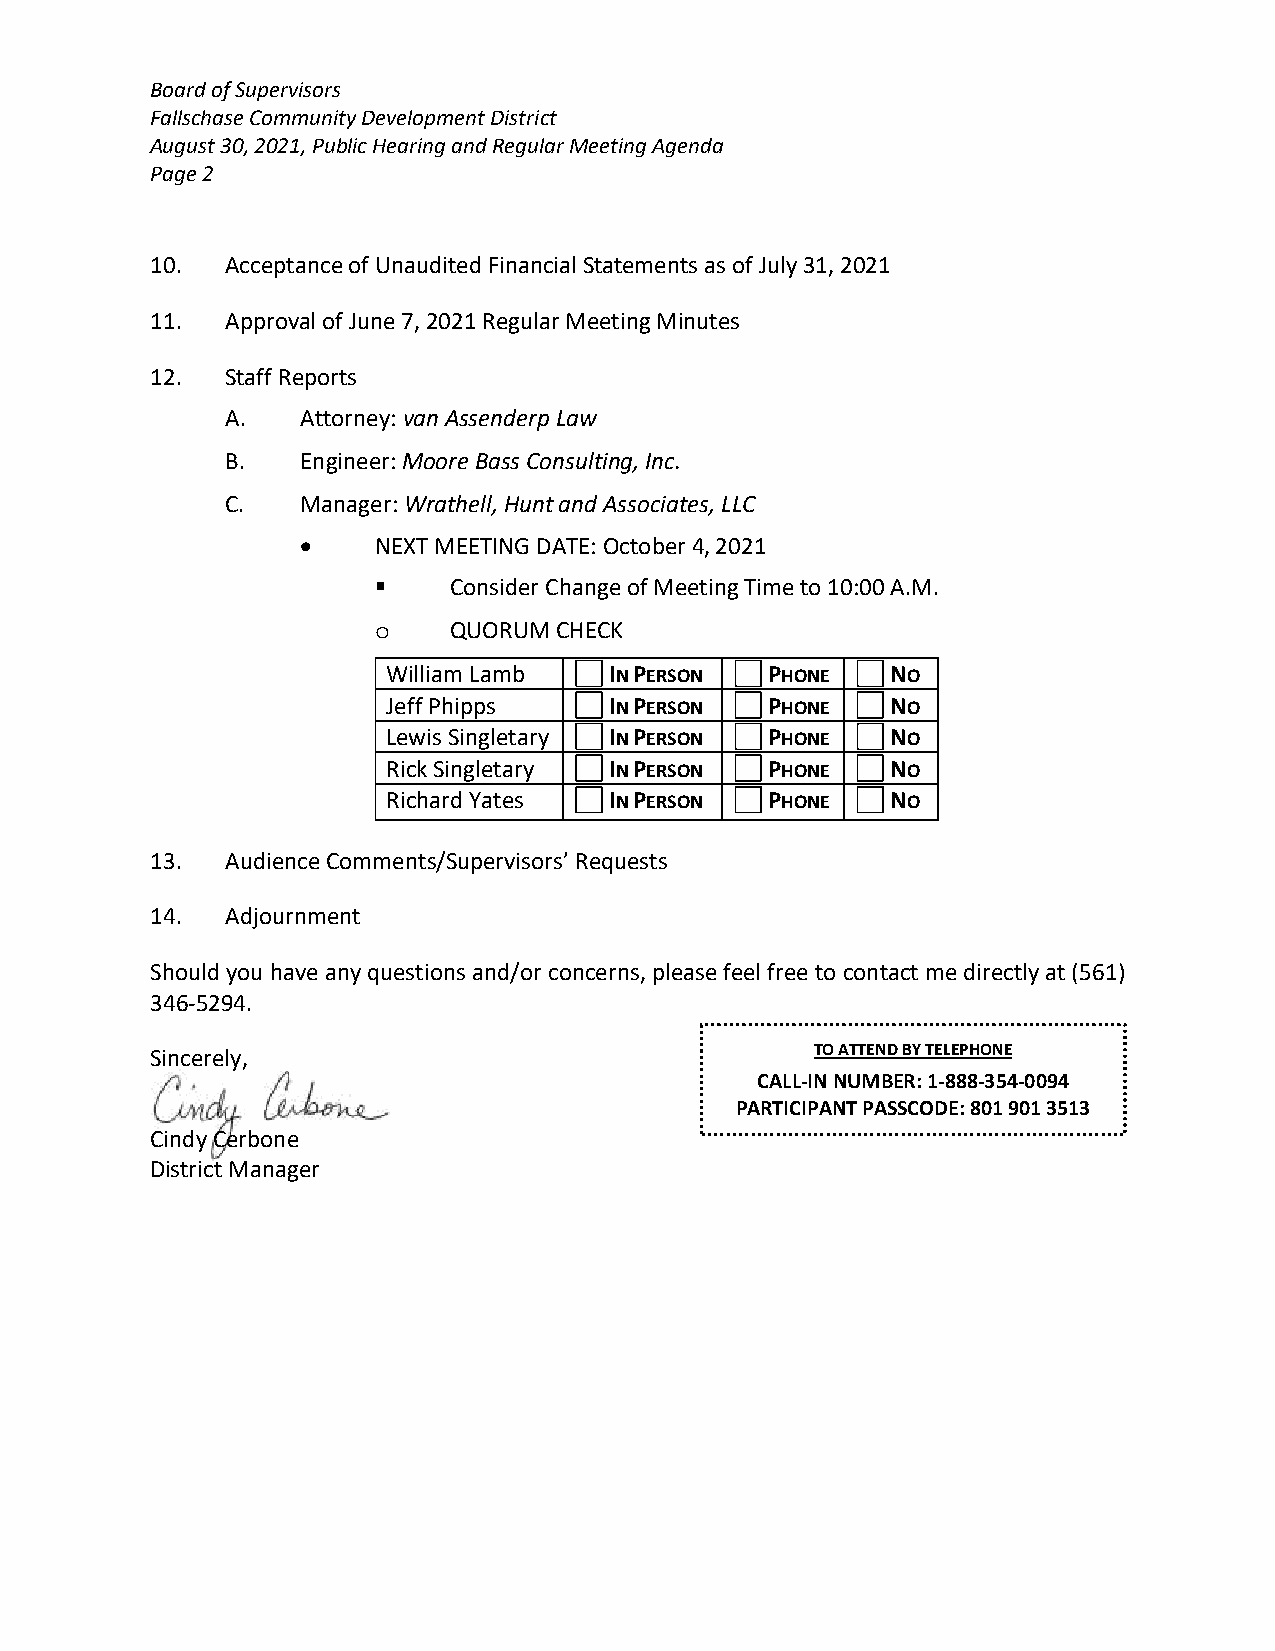
Board of Supervisors
 Fallschase Community Development District
 August 30, 2021, Public Hearing and Regular Meeting Agenda
 Page 2
 10.  Acceptance of Unaudited Financial Statements as of July 31, 2021
 11.  Approval of June 7, 2021 Regular Meeting Minutes
 12.  Staff Reports
 A.   Attorney: van Assenderp Law
 B.   Engineer: Moore Bass Consulting, Inc.
 C.   Manager: Wrathell, Hunt and Associates, LLC
 •    NEXT MEETING DATE: October 4, 2021
 ▪    Consider Change of Meeting Time to 10:00 A.M.
 o    QUORUM CHECK
 William Lamb  IN PERSON  PHONE   NO
 Jeff Phipps   IN PERSON  PHONE   NO
 Lewis Singletary IN PERSON PHONE NO
 Rick Singletary IN PERSON PHONE  NO
 Richard Yates IN PERSON  PHONE   NO
 13.  Audience Comments/Supervisors’ Requests
 14.  Adjournment
 Should you have any questions and/or concerns, please feel free to contact me directly at (561)
 346-5294.
 Sincerely,                                  TO ATTEND BY TELEPHONE
 CALL-IN NUMBER: 1-888-354-0094
 PARTICIPANT PASSCODE: 801 901 3513
 Cindy Cerbone
 District Manager